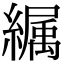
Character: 𦅉